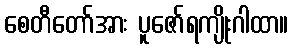
စေတီတော်အား ပူဇော်ရကျိုးဂါထာ။